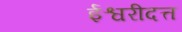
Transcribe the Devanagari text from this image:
ईश्वरीदत्त